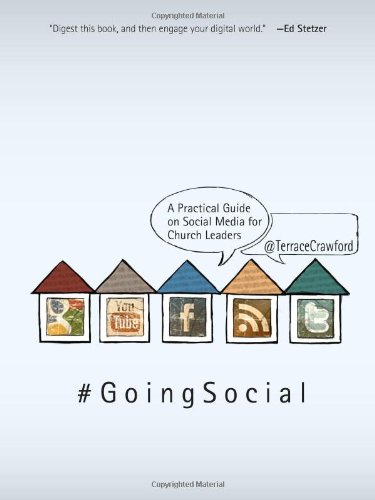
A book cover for Going Social: A Practical Guide on Social Media for Church Leaders; Terrace Crawford; Business & Money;